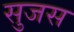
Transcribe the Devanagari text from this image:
सुजस